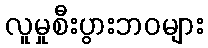
လူမှုစီးပွားဘဝများ